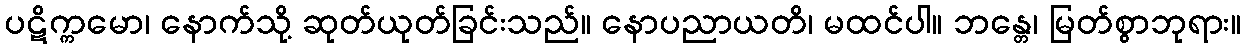
ပဋိက္ကမော၊ နောက်သို့ ဆုတ်ယုတ်ခြင်းသည်။ နောပညာယတိ၊ မထင်ပါ။ ဘန္တေ၊ မြတ်စွာဘုရား။